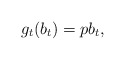
\begin{align*}g_t(b_t)=pb_t,\end{align*}